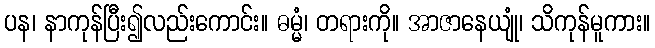
ပန၊ နာကုန်ပြီး၍လည်းကောင်း။ ဓမ္မံ၊ တရားကို။ အာဇာနေယျုံ၊ သိကုန်မူကား။